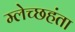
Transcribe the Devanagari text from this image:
म्लेच्छहंता